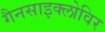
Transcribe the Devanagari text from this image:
गैनसाइक्लोविर